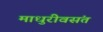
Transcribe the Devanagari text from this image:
माधुरीवसंत